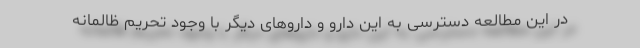
در این مطالعه دسترسی به این دارو و داروهای دیگر با وجود تحریم ظالمانه